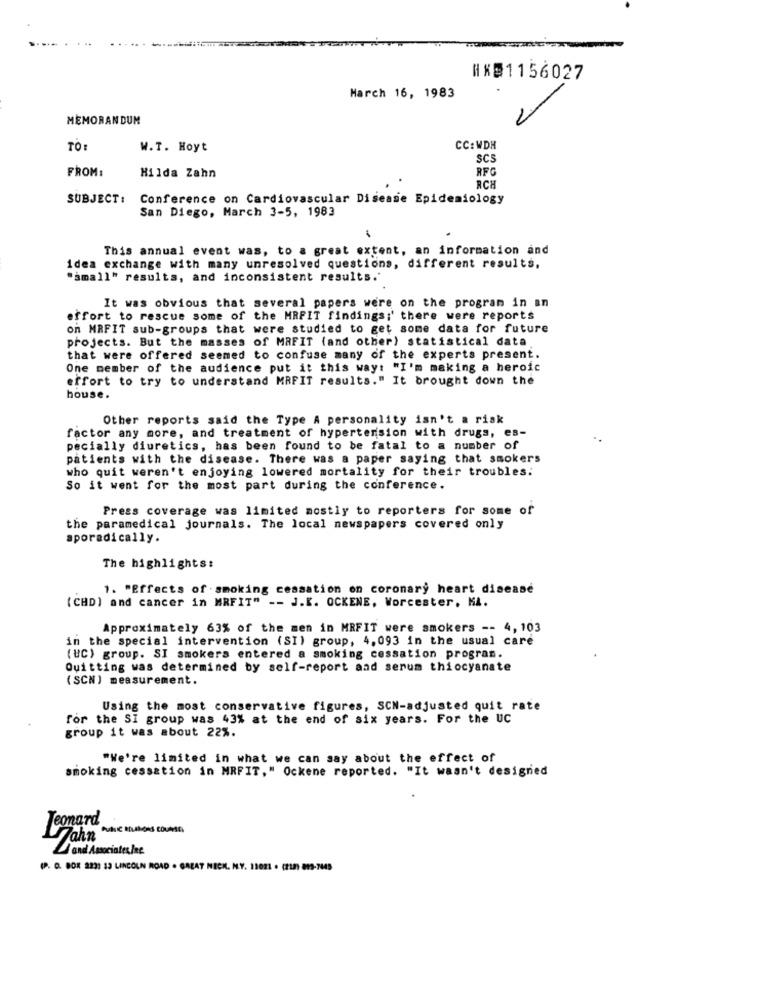
HKD1156027
March 16, 1983
MEMORANDUM
TO
W.T. Hoyt
CC: WDH
SCS
FROM:
Hilda Zahn
RFC
RCH
SUBJECT :
Conference on Cardiovascular Disease Epidemiology
San Diego, March 3-5, 1983
This annual event was, to a great extent, an information and
idea exchange with many unresolved questions, different results,
"small" results, and inconsistent results."
It was obvious that several papers were on the program in an
effort to rescue some of the MRFIT findings;' there were reports
on MRFIT sub-groups that were studied to get some data for future
projects. But the masses of MRFIT (and other) statistical data
that were offered seemed to confuse many of the experts present.
One member of the audience put it this way: "I'm making a heroic
effort to try to understand MRFIT results." It brought down the
house.
Other reports said the Type A personality isn't a risk
factor any more, and treatment of hypertension with drugs, es-
pecially diuretics, has been found to be fatal to a number of
patients with the disease. There was a paper saying that smokers
who quit weren't enjoying lowered mortality for their troubles:
So it went for the most part during the conference.
Press coverage was limited mostly to reporters for some of
the paramedical journals. The local newspapers covered only
sporadically.
The highlights:
1. "Effects of smoking cessation on coronary heart disease
(CHD) and cancer in MRFIT" -- J.K. OCKENE, Worcester. MA.
Approximately 63% of the men in MRFIT were smokers -- 4, 103
in the special intervention (SI) group, 4,093 in the usual care
(UC) group. SI smokers entered a smoking cessation program.
Quitting was determined by self-report and serum thiocyanate
(SCN ) measurement.
Using the most conservative figures, SCN-adjusted quit rate
for the SI group was 43% at the end of six years. For the UC
group it was about 22%.
"We're limited in what we can say about the effect of
smoking cessation in MRFIT," Ockene reported. "It wasn't designed
Jeonard
Jahn WhIC HOUMONS COURSE)
and Associates Inc.
(P. O. BOX 223: 13 LINCOLN ROAD . GREAT NECK. M.Y. 11021 . (2121 813-7445